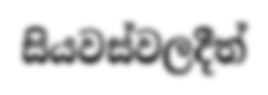
සියවස්වලදීත්